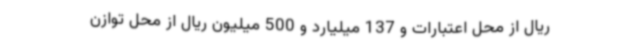
ریال از محل اعتبارات و 137 میلیارد و 500 میلیون ریال از محل توازن